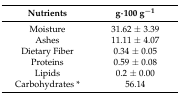
<table><thead><tr><td><b>Nutrients</b></td><td><b>g·100 g<sup>−1</sup></b></td></tr></thead><tbody><tr><td>Moisture</td><td>31.62 ± 3.39</td></tr><tr><td>Ashes</td><td>11.11 ± 4.07</td></tr><tr><td>Dietary Fiber</td><td>0.34 ± 0.05</td></tr><tr><td>Proteins</td><td>0.59 ± 0.08</td></tr><tr><td>Lipids</td><td>0.2 ± 0.00</td></tr><tr><td>Carbohydrates *</td><td>56.14</td></tr></tbody></table>